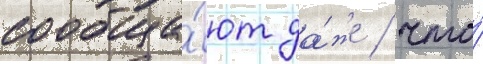
сообща́ют да́же / что́